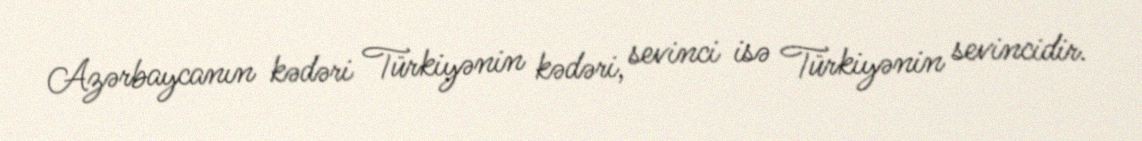
Azərbaycanın kədəri Türkiyənin kədəri, sevinci isə Türkiyənin sevincidir.